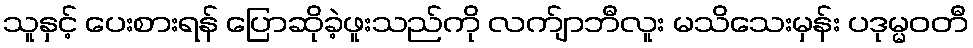
သူနှင့် ပေးစားရန် ပြောဆိုခဲ့ဖူးသည်ကို လက်ျာဘီလူး မသိသေးမှန်း ပဒုမ္မဝတီ